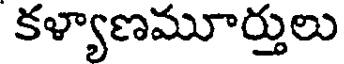
కళ్యాణమూర్తులు